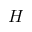
H